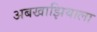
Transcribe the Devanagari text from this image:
अबखाझियाला